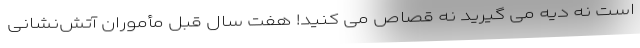
است نه دیه می گیرید نه قصاص می کنید! هفت سال قبل مأموران آتش‌نشانی